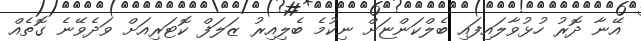
އޭނާ ދޮރު ހުޅުވާލައިފައި ބެލްކަންޏަށް ނިކުމެ ބެލިއިރު ޒަލަފް ކޮޓަރިއަށް ވަދެވޭނެ ގޮތެއް